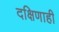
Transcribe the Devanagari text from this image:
दक्षिणाही